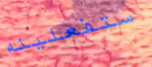
ستفعلينه